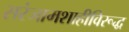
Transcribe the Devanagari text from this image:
सरंजामशाहीविरूद्ध